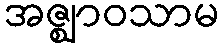
အဇ္ဈာဝသာမ